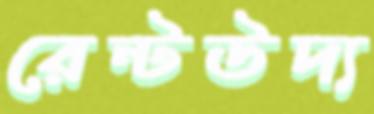
রেন্টউদ্য